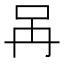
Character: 𠯧